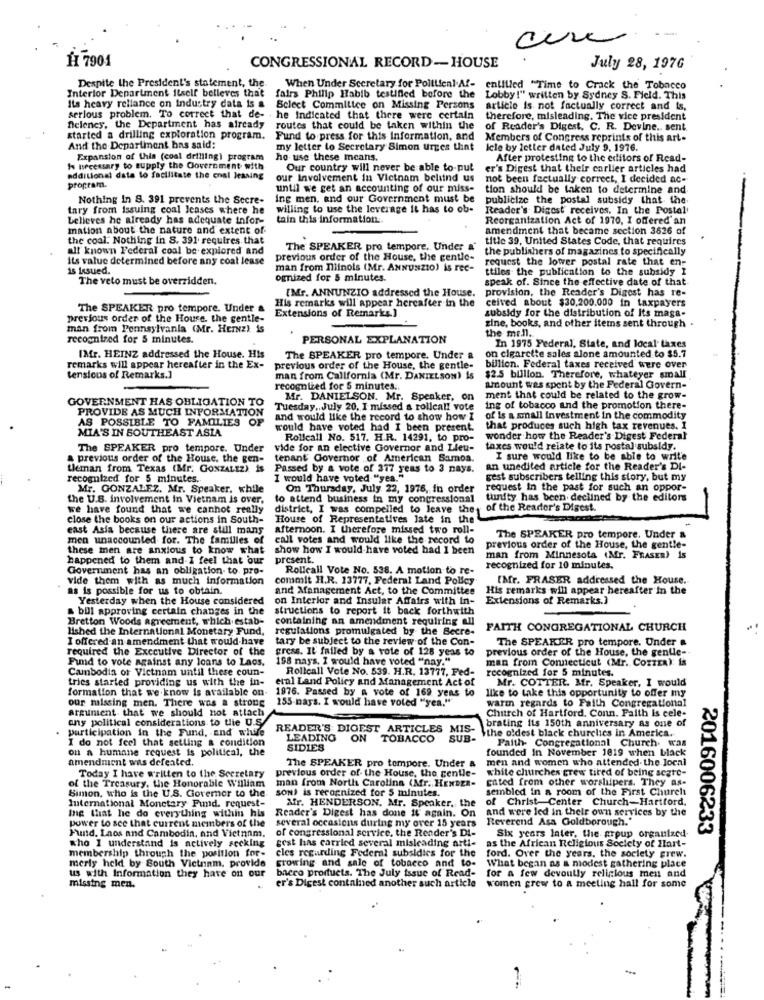
H1 7901
CONGRESSIONAL RECORD-HOUSE
July 28, 1976
Despite the President's statement, the
fairs Philip Habib testified before the
When Under Secretary for Political Af- entitled "Time to Crack the Tobacco
Interior Department itself believes that
Lobby !" written by Sydney S. Field. This
Its heavy reliance on industry data is a
serious problem. To correct that de-
Select Committee on Missing Persons
article is not factually correct and is,
he Indicated that there were certain
therefore, misleading. The vice president
fieleney, the Department has already
routes that could be taken within the
of Reader's Digest, C. R. Devine. sent
started a drilling exploration program.
Fund to press for this information, and
Members of Congress reprints of this art.
And the Department has said:
my letter to Secretary Simon urges that
icle by letter dated July 9. 1976.
Expansion of this (coal drilling) program
ho use these means.
After protesting to the editors of Read-
I prcessary to supply the Government with
Our country will never be able to-put
er's Digest that their carlier articles had
additional data to facilitate the enal leasing
our Involvement in Vietnam beliind us
not been factually correct, I decided ac-
program.
until we get an accounting of our miss-
tion should be taken to determine and
Nothing in 8. 391 prevents the Secre-
ing men, and our Government must be
publicize the postal subsidy that the
tary from issuing coal leases where he
willing to use the leverage it has to ob-
Reader's Digest receives. In the Postal'
believes he already has adequate infor-
tain this information
Reorganization Act of 1970, I offered an
mation about the nature and extent of
amendment that became section 3626 of
the coal. Nothing in S. 391. requires that
title 39, United States Code, that requires
all known Federal coal be explored and
The SPEAKER pro tempore. Under a
the publishers of magazines to specifically
Its value determined before any coal lease
previous order of the House, the gentle-
request the lower postal rate that en-
is issued.
man from niinols (Mr. ANNUNZIO) is rec-
ctiles the publication to the subsidy I
The veto must be overridden.
ognized for 5 minutes.
speak of. Since the effective date of that
[Mr. ANNUNZIO addressed the House.
provision, the Reader's Digest has re-
His remarks will appear hereafter in the
ceived about $30,200.000 in taxpayers
The SPEAKER pro tempore. Under a
Extensions of Remarks.]
previous order of the Houre. the gentle-
subsidy for the distribution of Its maga-
man from Pennsylvania (Mr. Herz) is
zine, books, and other items sent through .
the me.ll.
recognized for 5 minutes.
PERSONAL EXPLANATION
In 1975 Federal, State, and local taxes
IMfr. HEINZ addressed the House. His
The SPEAKER pro tempore. Under a
on cigarette sales alone amounted to $5.7
remarks will appear hereafter in the Ex-
previous order of the House, the gentle-
billion. Federal taxes received were over
tensions of Remarks.]
man from California (Mr. DANIELSON) is
$2.5 billion. Therefore, whateyer small
recognized for 5 minutes ..
amount was spent by the Federal Govern-
Mr. DANIELSON. Mr. Speaker, on
ment that could be related to the grow-
GOVERNMENT HAS OBLIGATION TO
PROVIDE AS MUCH INFORMATION
Tuesday, July 20. I missed a rollcall vote
ing of tobacco and the promotion there-
AS POSSIBLE TO FAMILIES OF
and would like the record to show how I
of is a small investment in the commodity
MIA'S IN SOUTHEAST ASIA
would have voted had I been present.
that produces such high tax revenues. I
Rollcall No. 517. H.R. 14291, to pro-
wonder how the Reader's Digest Federal
The SPEAKER pro tempore. Under
vide for an elective Governor and Lieu-
taxes would relate to its postal subsidy.
previous order of the House, the gen-
tenant Governor of American Samoa.
I sure would like to be able to write
tleman from Texas (Mr. GONZALEZ) Is
Passed by a vote of 377 yeas to 3 nays.
an unedited article for the Reader's DI-
recognized for 5 minutes.
I would have voted "yes."
gest subscribers telling this story, but my
Mr. GONZALEZ. Mr. Speaker, while
On Thursday, July 22, 1976, in order
request In the past for such an oppor-
the U.S. involvement In Vietnam is over.
to attend business in my congressional tunity has been. declined by the editors
we have found that we canhot really
district, I was compelled to leave they
of the Reader's Digest.
close the books on our actions in South-
House of Representatives Jate in the
east Asia because there are still mans
afternoon. I therefore missed two roll-
men unaccounted for. The familles of
call votes and would like the record to
The SPEAKER pro tempore. Under &
these men are anxious to know what
show how I would have voted had 1 been
previous order of the House, the gentle-
happened to them and-I feel that our
present.
man from Minnesota (Mr. FRASER) 15
Government has an obligation- to pro-
Rollcall Vote No. 538. A motion to re-
recognized for 10 minutes.
vide them with as much information
commit H.R. 13777, Federal Land Policy
[Mr. FRASER addressed the House.
as is possible for us to obtain.
and Management Act, to the Committee
His remarks will appear hereafter in the
Yesterday when the House considered
on Interior and Insular Affairs with in-
Extensions of Remarks.)
& bul approving certain changes in the
structions to report it back forthwith
Bretton Woods agreement, which estab-
containing an amendment requiring all
lished the International Monetary Fund,
regulations promulgated by the Secre-
FAITH CONGREGATIONAL CHURCH
I offered an amendment that would have
tary be subject to the review of the Con-
The SPEAKER pro tempore. Under a
required the Executive Director of the
gress. It failed by a role of 128 yeas to
previous order of the House, the gentle-
Fund to vote against any loans to Laos.
198 nays. I would have voted "nay."
man from Connecticut (Mr. Cozzea): is
Cambodia of Vietnam until these coun-
Rollcall Vote No. 539. H.R. 13777, Ped-
recognized for 5 minutes.
tries started providing us with the in-
etal Land Policy and Management Act of
Mr. COTTER. Mr. Speaker. I would
formation that we know is available on-
1976. Passed by a vote of 169 yens to
our missing men. There was a stroue
155-nays. I would have voted "yea.""
like to take this opportunity to offer my
warm regards to Faith Congregational
argument that we should not attach
Church of Hartford. Conn. Faith is cele-
any political considerations to tie U.S.
participation in the Fund, and while
READER'S DIGEST ARTICLES MIS-
brating its 150th anniversary as one of
the oldest black churclics in America.
I do not feel that setting & condition
LEADING
ON TOBACCO
SUB
on a humane request is political, the
SIDIES
founded in November 1019 when black
Paith- Congregational Church. Was
amendment was defeated.
The SPEAKER pro tempore. Under
men and women who attended the local
previous order of the House, the gentle-
white churches grew tired of being segre-
of the Treasury, the Honorable William
Today I have written to the Secretary
man from North Carolina (Mr. HENsza-
gated from other worshipers. They as-
Simon, who is the U.S. Goremer to the
SON) is recognized for 5 minutes.
sembled in a room of the First Church
Afr. HENDERSON. Mr. Speaker, the
of Christ Center Church-Hartford.
International Monetary Fund. request-
Ing that he do everything within his
Reader's Digest has done it again. On
and were led in their own services by the
power to see that current members of the
several occasions during my over 15 years
Reverend Asa Goldborough."
Fund. Laos and Cambodin, and Vietnam.
of congressional service, the Reader's Di-
2016006233
who I understand is actively seeking
gest has carried several misleading arti-
as the African Religious Society of Hart-
Six years later, the group organized.
membership through the position for-
eles regarding Federal subsidies for the
merly held by South Victram, provide
growing and sale of tobacco and to-
ford. Over the years. the society grew.
us with Information they have on our
bacco products. The July issue of Read-
What began as a modest gathering place
for a few devoutly religious men and
women grew to a meeting hall for some
missing men.
er's Digest contained another such article